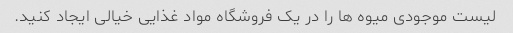
لیست موجودی میوه ها را در یک فروشگاه مواد غذایی خیالی ایجاد کنید.